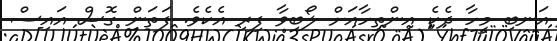
އަނބި މީހާ ދެކެ އިންތިހާއަށް ލޯބިވާ ފިރި އެކެވެ. ފަތަން ގޮސް އައިސް